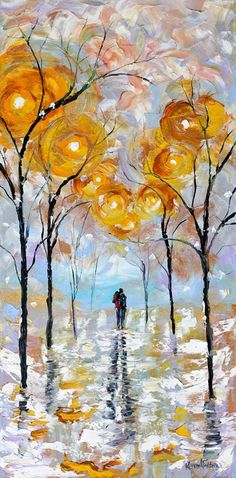
乱碧萋萋，雨后江天晓。